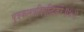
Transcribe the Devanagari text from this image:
पुत्रकलत्रविवृद्धिकरे॥४॥